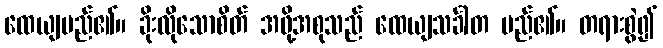
ထေယျမည်၏။ ခိုးလိုသောစိတ် အဖို့အစုသည် ထေယျသင်္ခါတ မည်၏။ တရားစွဲ၍